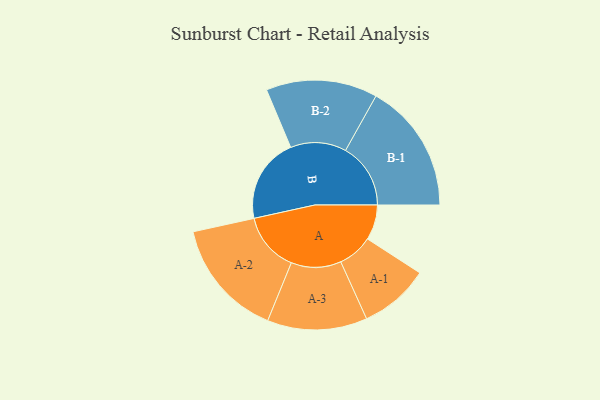
{"axis": {"x": "Segment", "y": "Value"}, "legend": ["", "A", "B"], "data": [{"x": "A", "y": 158, "type": ""}, {"x": "B", "y": 382, "type": ""}, {"x": "A-1", "y": 157, "type": "A"}, {"x": "A-2", "y": 266, "type": "A"}, {"x": "A-3", "y": 224, "type": "A"}, {"x": "B-1", "y": 292, "type": "B"}, {"x": "B-2", "y": 250, "type": "B"}]}